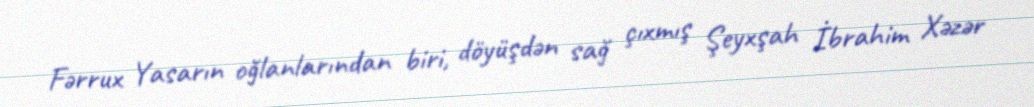
Fərrux Yasarın oğlanlarından biri, döyüşdən sağ çıxmış Şeyxşah İbrahim Xəzər